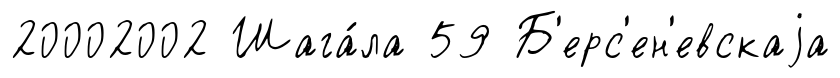
20002002 Шага́ла 59 Б'ерс'ен'евскаjа